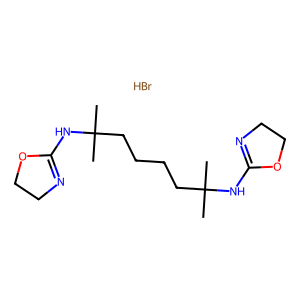
SMILES: Br.CC(C)(CCCCC(C)(C)NC1=NCCO1)NC1=NCCO1
Inhibits HIV replication: No